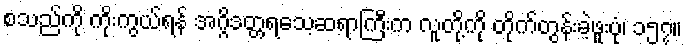
စသည်ကို ကိုးကွယ်ရန် အဂ္ဂိဒတ္တရသေ့ဆရာကြီးက လူတို့ကို တိုက်တွန်းခဲ့ဖူးပုံ၊ ၁၅၇။